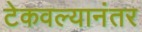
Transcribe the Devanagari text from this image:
टेकवल्यानंतर